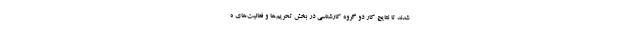
شدند تا نتایج کار دو گروه کارشناسی در بخش تحریم‌ها و فعالیت‌های ه